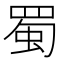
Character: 蜀